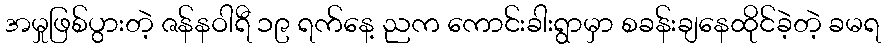
အမှုဖြစ်ပွားတဲ့ ဇန်နဝါရီ ၁၉ ရက်နေ့ ညက ကောင်းခါးရွာမှာ စခန်းချနေထိုင်ခဲ့တဲ့ ခမရ